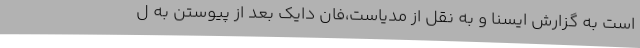
است به گزارش ایسنا و به نقل از مدیاست،فان دایک بعد از پیوستن به ل